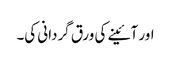
اور آئینے کی ورق گردانی کی۔